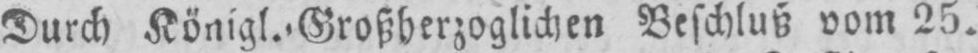
Durch Königl.⸗Großherzoglichen Beschluß vom 25.